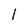
Character: 1